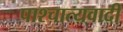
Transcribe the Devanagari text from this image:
पाश्चात्यवादी